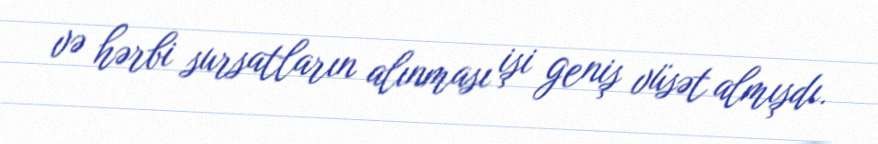
və hərbi sursatların alınması işi geniş vüsət almışdı.